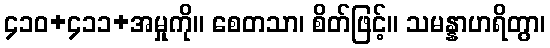
၄၁၀+၄၁၁+အမှုကို။ စေတသာ၊ စိတ်ဖြင့်။ သမန္နာဟရိတွာ၊